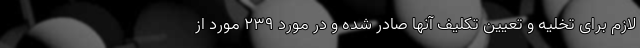
لازم برای تخلیه و تعیین تکلیف آنها صادر شده و در مورد ۲۳۹ مورد از